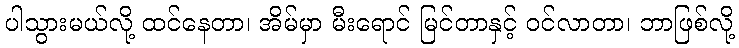
ပါသွားမယ်လို့ ထင်နေတာ၊ အိမ်မှာ မီးရောင် မြင်တာနှင့် ဝင်လာတာ၊ ဘာဖြစ်လို့